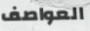
العواصف